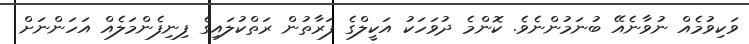
ވަކިވުމެއް ނުވާނެއޭ ބުނަމުންނެވެ. ކޮންމެ ދުވަހަކު އަކީލްގެ ފަރާތުން ރަތްކުލައިގެ ފިނިފެންމަލެއް އަހަންނަށް